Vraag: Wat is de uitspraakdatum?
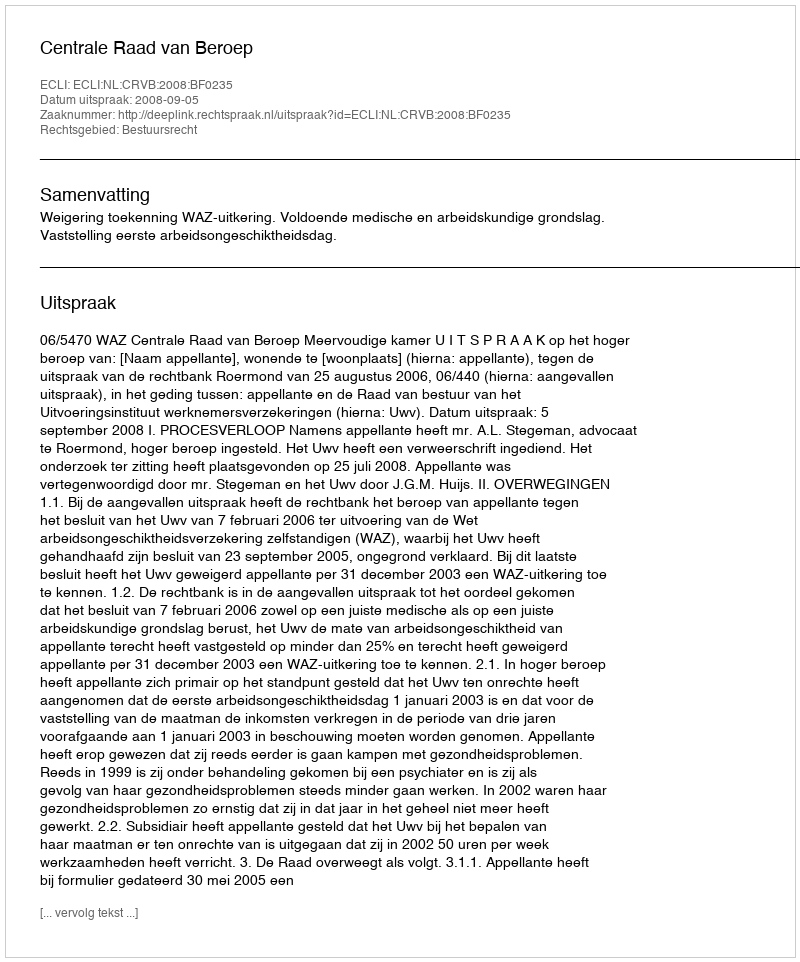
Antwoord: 2008-09-05